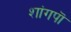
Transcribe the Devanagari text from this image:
शांगपॊ